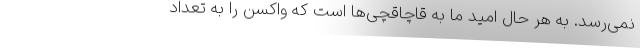
نمی‌رسد. به هر حال امید ما به قاچاقچی‌ها است که واکسن را به تعداد